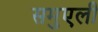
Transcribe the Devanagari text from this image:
समुएली